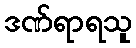
ဒဏ်ရာရသူ